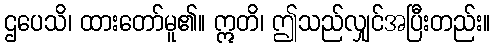
ဌပေသိ၊ ထားတော်မူ၏။ ဣတိ၊ ဤသည်လျှင်အပြီးတည်း။